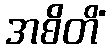
အစိတိံ